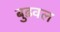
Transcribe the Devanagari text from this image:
बुढवल